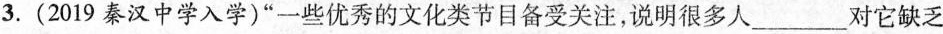
3.(2019秦汉中学入学)”一些优秀的文化类节目备受关注，说明很多人___对它缺乏